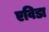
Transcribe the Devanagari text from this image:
एविडा